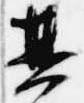
其